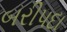
બરીપદા